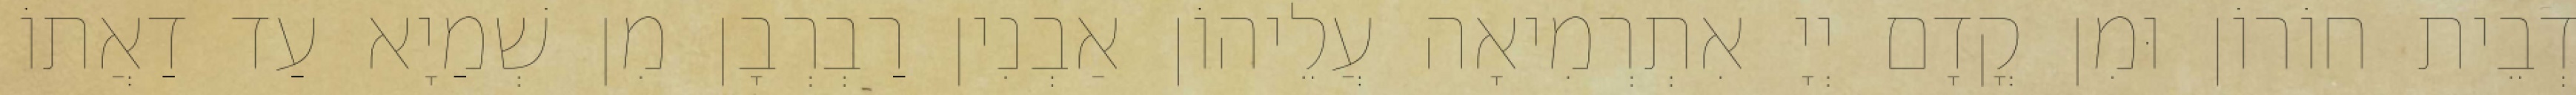
דְבֵית חוֹרוֹן וּמִן קֳדָם יְיָ אִתְרְמִיאָה עֲלֵיהוֹן אַבְנִין רַבְרְבָן מִן שְׁמַיָא עַד דַאֲתוֹ